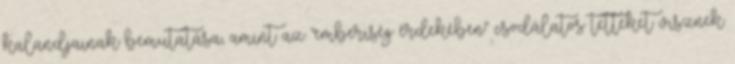
kalandjainak bemutatása, amint az "emberiség érdekében" csodálatos tetteket visznek